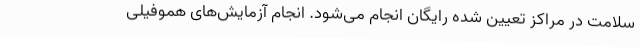
سلامت در مراکز تعیین شده رایگان انجام می‌شود. انجام آزمایش‌های هموفیلی